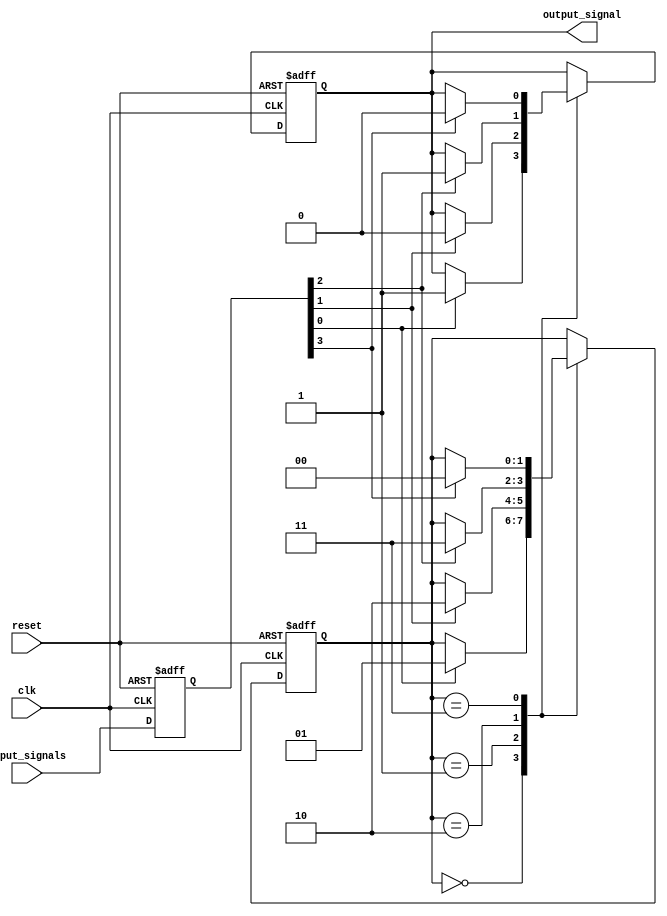
module Serial_Arbiter(
  input wire clk,
  input wire reset,
  input wire [3:0] input_signals,
  output wire output_signal
);

reg [3:0] input_signals_reg;
reg output_signal_reg;
reg [1:0] state;

always @(posedge clk or posedge reset) begin
  if(reset) begin
    input_signals_reg <= 4'b0000;
    output_signal_reg <= 1'b0;
    state <= 2'b00;
  end else begin
    input_signals_reg <= input_signals;
    case(state)
      2'b00: begin
        if(input_signals_reg[0] == 1'b1) begin
          output_signal_reg <= 1'b1;
          state <= 2'b01;
        end
      end
      2'b01: begin
        if(input_signals_reg[1] == 1'b1) begin
          output_signal_reg <= 1'b0;
          state <= 2'b10;
        end
      end
      2'b10: begin
        if(input_signals_reg[2] == 1'b1) begin
          output_signal_reg <= 1'b1;
          state <= 2'b11;
        end
      end
      2'b11: begin
        if(input_signals_reg[3] == 1'b1) begin
          output_signal_reg <= 1'b0;
          state <= 2'b00;
        end
      end
    endcase
  end
end

assign output_signal = output_signal_reg;

endmodule